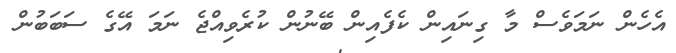
އެހެން ނަމަވެސް މާ ގިނައިން ކެފެއިން ބޭނުން ކުރެވިއްޖެ ނަމަ އޭގެ ސަބަބުން